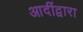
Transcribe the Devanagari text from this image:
आदींद्वारा